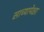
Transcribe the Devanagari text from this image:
साच्यापेक्षा